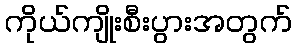
ကိုယ်ကျိုးစီးပွားအတွက်